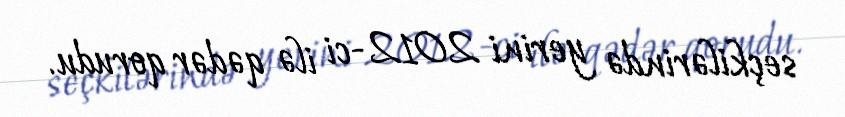
seçkilərində yerini 2012-ci ilə qədər qorudu.